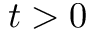
t > 0